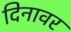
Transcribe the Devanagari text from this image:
दिनावर